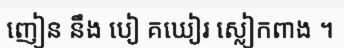
ញៀន នឹង បៀ គឃៀរ ស្លៀកពាង ។